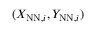
( X _ { \mathrm { N N } , i } , Y _ { \mathrm { N N } , i } )